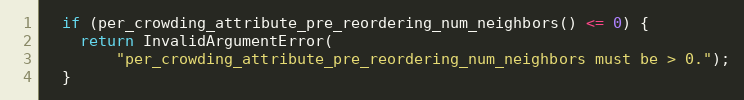
Language: C++
  if (per_crowding_attribute_pre_reordering_num_neighbors() <= 0) {
    return InvalidArgumentError(
        "per_crowding_attribute_pre_reordering_num_neighbors must be > 0.");
  }